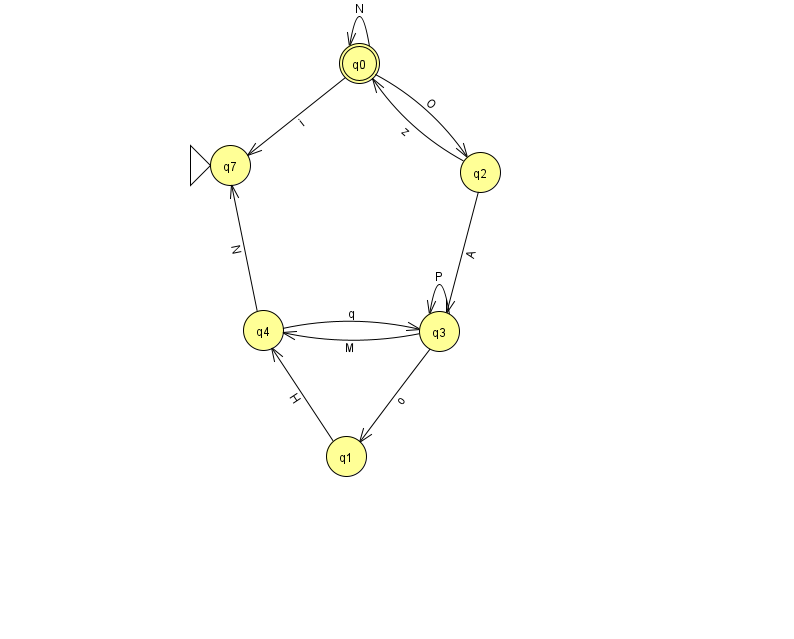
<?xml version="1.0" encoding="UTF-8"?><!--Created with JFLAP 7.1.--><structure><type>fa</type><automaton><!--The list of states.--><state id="0" name="q0"><x>359.0</x><y>50.0</y><final/></state><state id="1" name="q1"><x>346.0</x><y>443.0</y></state><state id="2" name="q2"><x>480.0</x><y>159.0</y></state><state id="3" name="q3"><x>439.0</x><y>318.0</y></state><state id="4" name="q4"><x>263.0</x><y>317.0</y></state><state id="7" name="q7"><x>230.0</x><y>152.0</y><initial/></state><!--The list of transitions.--><transition><from>1</from><to>4</to><read>H</read></transition><transition><from>3</from><to>3</to><read>P</read></transition><transition><from>0</from><to>7</to><read>i</read></transition><transition><from>0</from><to>2</to><read>O</read></transition><transition><from>2</from><to>3</to><read>A</read></transition><transition><from>4</from><to>7</to><read>N</read></transition><transition><from>2</from><to>0</to><read>z</read></transition><transition><from>3</from><to>4</to><read>M</read></transition><transition><from>4</from><to>3</to><read>q</read></transition><transition><from>3</from><to>1</to><read>o</read></transition><transition><from>0</from><to>0</to><read>N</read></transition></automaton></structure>